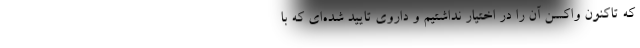
که تاکنون واکسن آن را در اختیار نداشتیم و داروی تایید شده‌ای که با